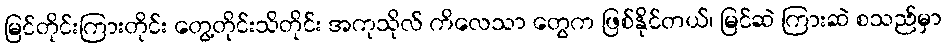
မြင်တိုင်းကြားတိုင်း တွေ့တိုင်းသိတိုင်း အကုသိုလ် ကိလေသာ တွေက ဖြစ်နိုင်တယ်၊ မြင်ဆဲ ကြားဆဲ စသည်မှာ